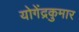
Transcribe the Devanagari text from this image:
योगेंद्रकुमार